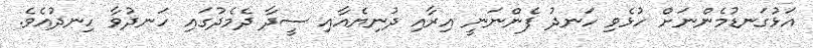
އަޅުގަނޑުމެންނަށް ހުޅެވި ހަނދު ފެންނަނީ އިރާއި ދުނިޔެއާއި ސީދާ ދެމެދުގައި ހަނދުވާ ހިނދުއެވެ.